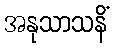
အနုသာသနိံ